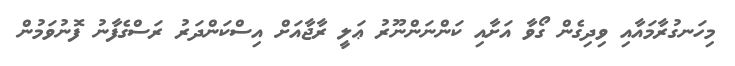
މިހަނގުރާމައާއި ވިދިގެން ގޯވާ އަށާއި ކަންނަންނޫރު ޢަލީ ރާޖާއަށް އިސްކަންދަރު ރަސްގެފާނު ފޮނުވަމުން